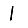
Digit: 1